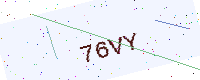
Text: 76VY